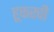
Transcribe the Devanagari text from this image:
हूकरची